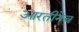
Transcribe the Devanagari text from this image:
आरतीनेच